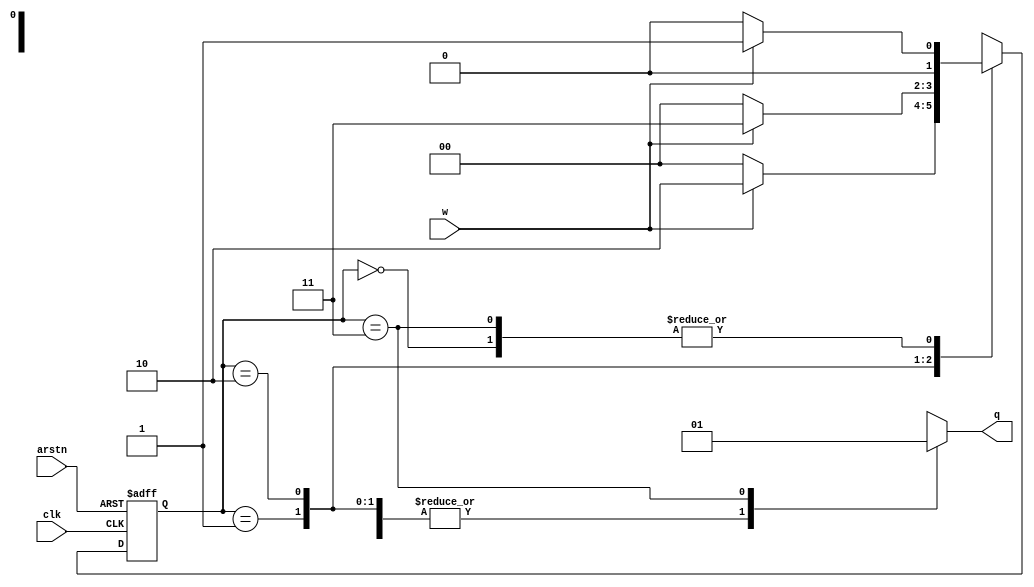

module Fsm(input w,clk,arstn,output reg q);
parameter s0=2'b00,s1=2'b01,s2=2'b10,s3=2'b11;
reg [1:0] c_state,n_state;

always @(posedge clk,negedge arstn)
    begin
        if(~arstn) c_state<=s0;
        else 
            c_state<=n_state;
    end

always @(*)
    begin
        case(c_state)
            s0: n_state=w?s1:s0;
            s1: n_state=w?s2:s0;
            s2: n_state=w?s3:s0;
            s3: n_state=w?s1:s0; 
         endcase  
    end
    
    
 always @(c_state)
    begin
        case(c_state)
           s0:q=0;
           s1:q=0;
           s2:q=0;
           s3:q=1;
        endcase
    end
    
 
endmodule